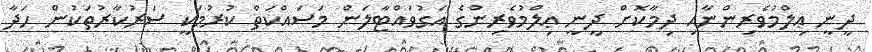
ދީނީ ޢިލްމުވެރިންނާއި ދިމާކޮށް ދީނީ ޢިލްމުވެރިންގެ އަގުވައްޓާލަން މަސައްކަތް ކުރުމަކީ ސަރުކާރުތަކުން ހަދާ